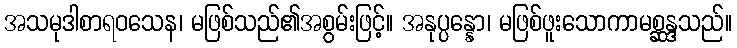
အသမုဒါစာရဝသေန၊ မဖြစ်သည်၏အစွမ်းဖြင့်။ အနုပ္ပန္နော၊ မဖြစ်ဖူးသောကာမစ္ဆန္ဒသည်။